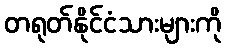
တရုတ်နိုင်ငံသားများကို